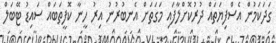
ގަދަކަމުން އެސްފިޔަތައް ދުރުކޮށްލާފައި މަގަތަށް އެނބުރުނު އިރު ހީނާ ކޮފީތަބައް ސައިޑު ޓޭބަލް